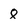
Character: 8